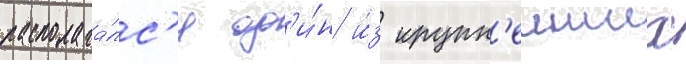
располага́лс'я од'и́н и́з крупн'еиших